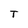
Character: T